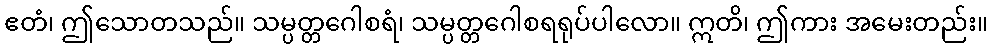
ဧတံ၊ ဤသောတသည်။ သမ္ပတ္တဂေါစရံ၊ သမ္ပတ္တဂေါစရရုပ်ပါလော။ ဣတိ၊ ဤကား အမေးတည်း။